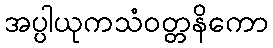
အပ္ပါယုကသံဝတ္တနိကော